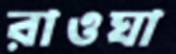
রাওঘা